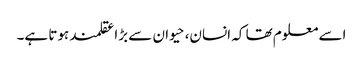
اسے معلوم تھا کہ انسان، حیوان سے بڑا عقلمند ہوتا ہے۔